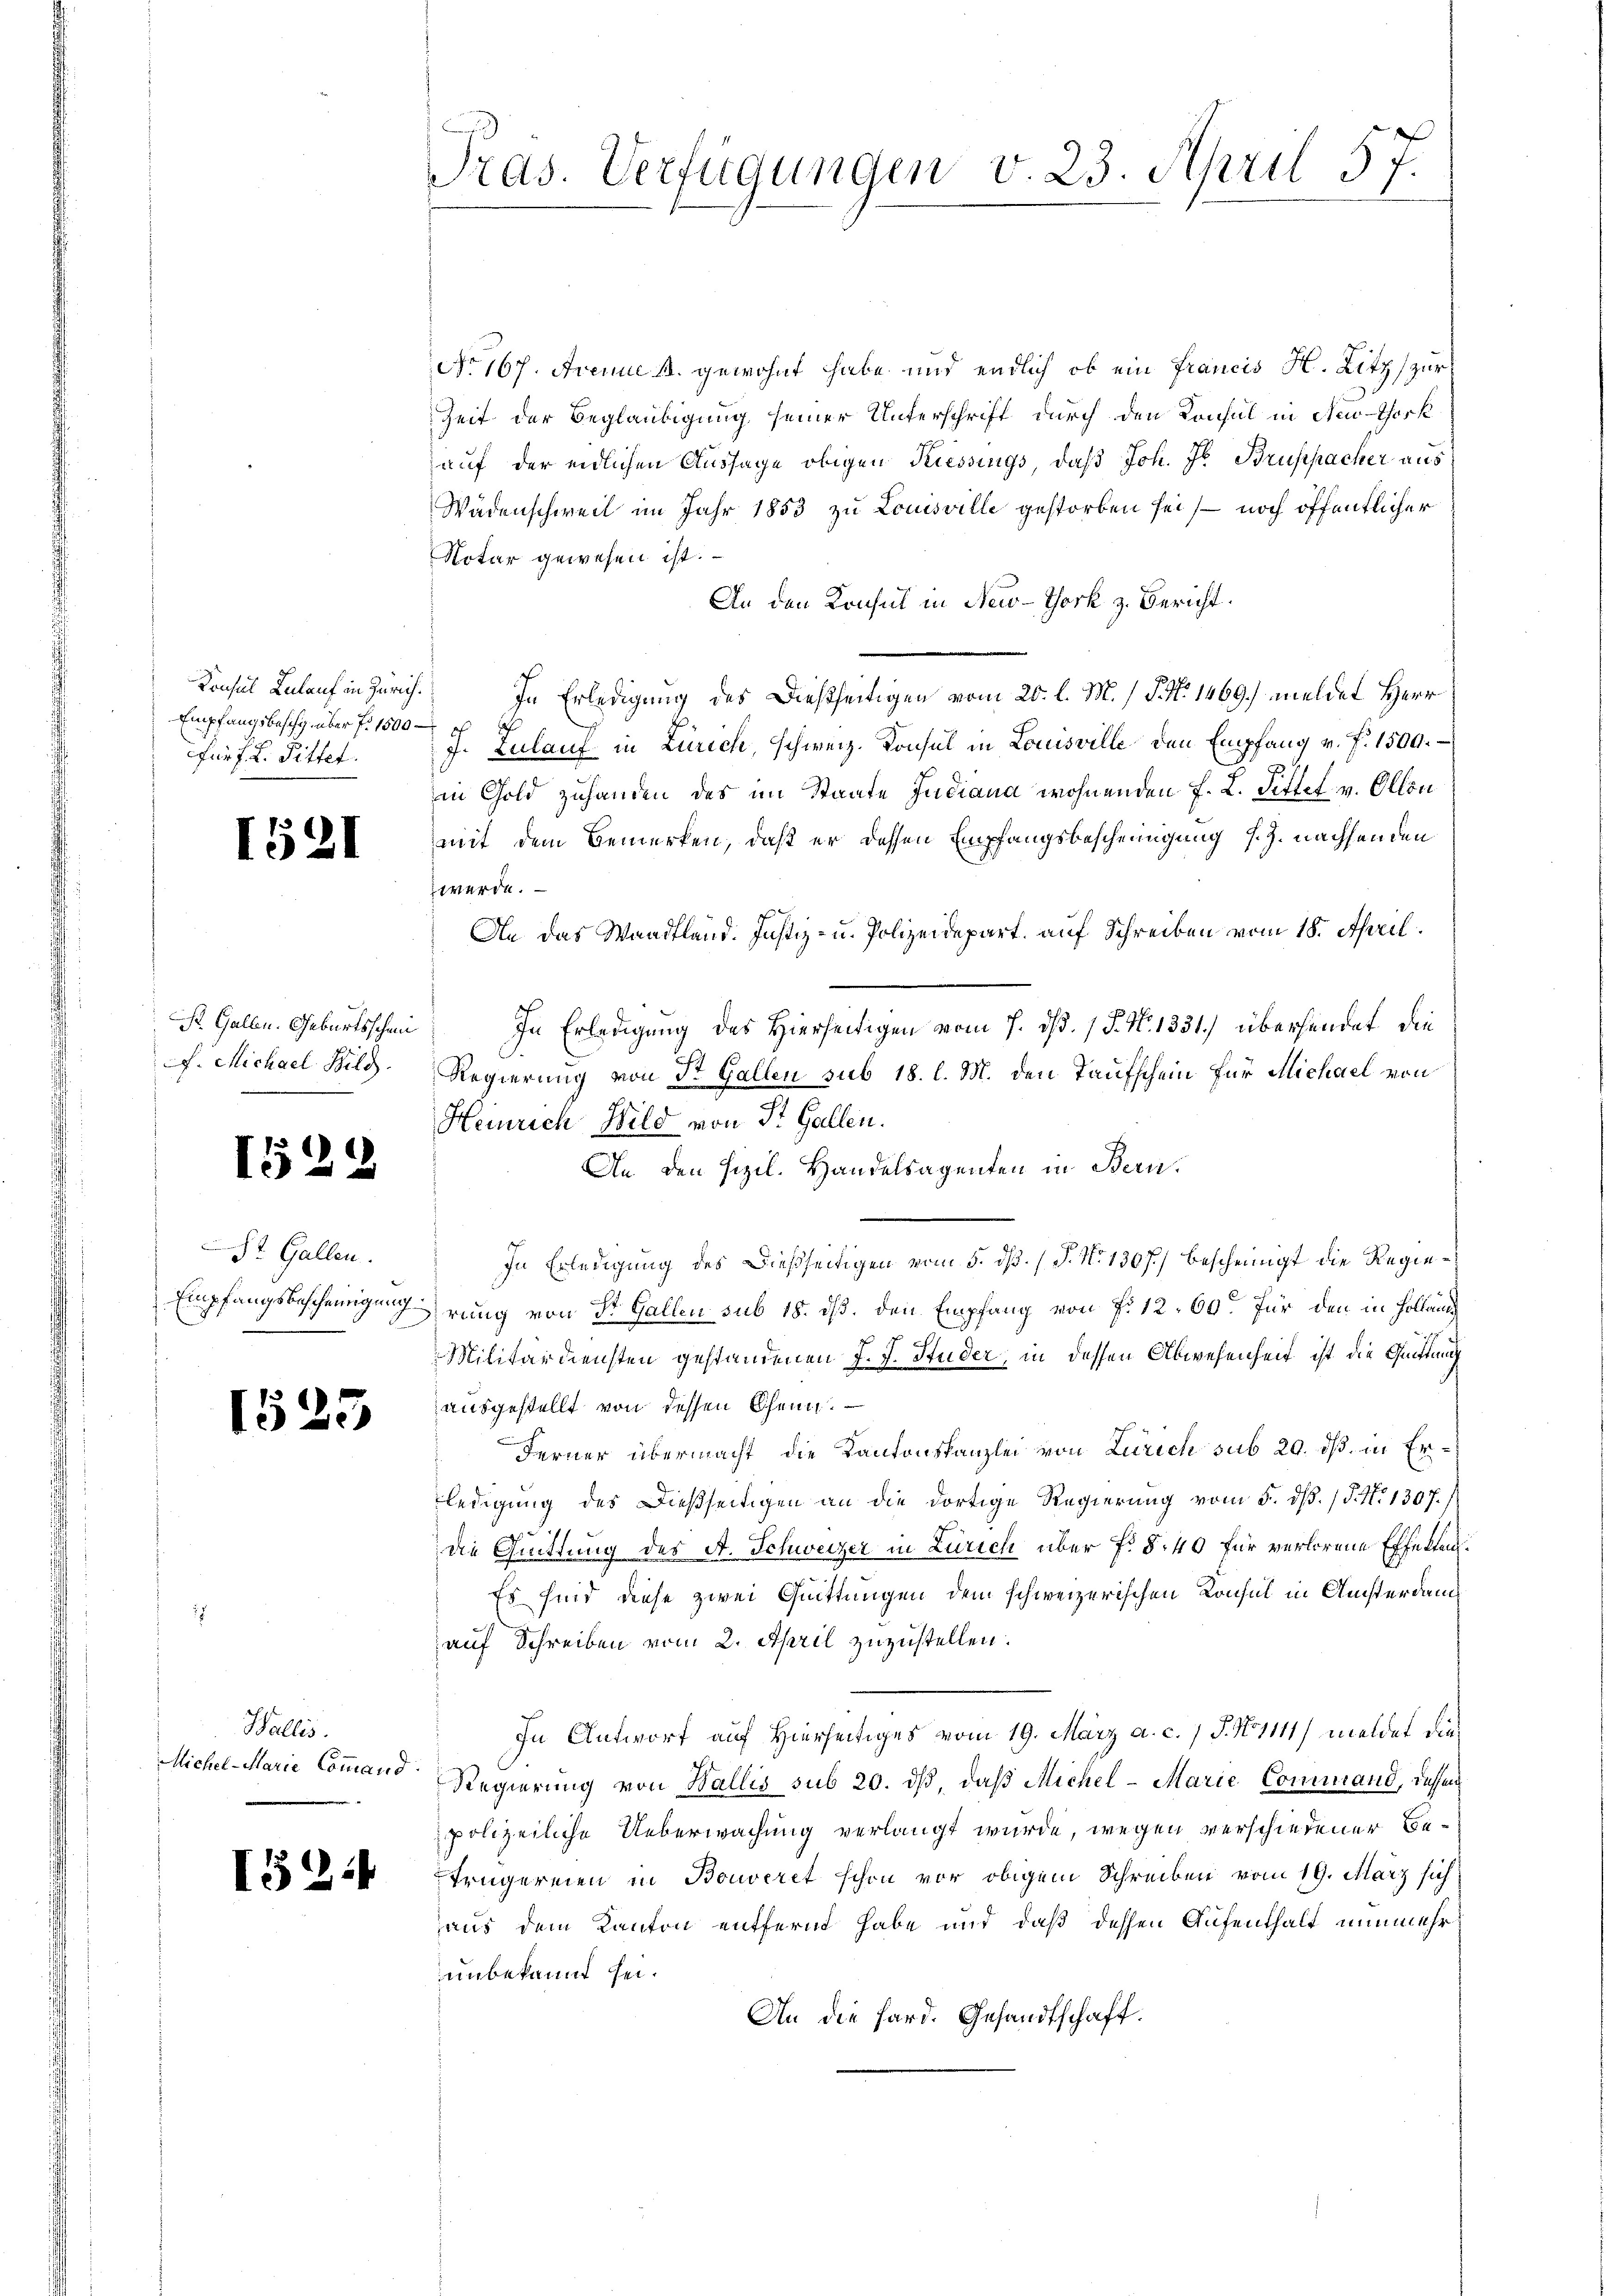
Empfangsbeschy über f. 1500
fürf L. Pittet.

1531

St. Gallen. Geburtsschmi
f. Michael Bild

1529

St. Gallen.

1525

Wallis.
Michel-Marie Command

1524

Tras. Verfügungen v. 23. April 57.

No 167. Arenne s. gewohnt habe und endlich ob ein Francis H. Litz zur
Zeit der Beglaubigung seiner Unterschrift durch den Konsul in New-York
auf der eidlichen Aussage obigen Kiessings, daß Joh. Jb. Bruppacher aus
Wädenschweil im Jahr 1853 zu Louisville gestorben sei, noch öffentlicher
Notar gewesen ist.
An den Konsul in New-York z. Bericht
Konsul Lalauf in Zürich. In Erledigung des Dießseitigen vom 20. l. M. / P. No. 1469) meldet Herr
J. Zulauf in Zürich, schweiz. Konsul in Louisville den Empfang v. f. 1500.
in Gold zuhanden des im Staate Judiana wohnenden F. L. Pittet v. Ollon
mit dem Bemerken, daß er dessen Empfangsbescheinigung s. Z. nachsenden
werde.
An das Waadtland. Justiz- u. Polizeidepart auf Schreiben vom 18. April.
In Erledigung des Hierseitigen vom 7. d. 1 S. N. 1331) überhandet die
Regierung von St. Gallen sub 18. l. M. den Taufschein für Michael von
Heinrich Bild von St. Gallen.
An den Sizil. Handelsagenten in Bern,
In Erledigung des Dießseitigen vom 5. dß. / P. No 1307.) bescheinigt die Regie¬
Empfangsbescheinigungerung von St. Gallen sub 18. ds. den Empfang von Fr. 12. 60. für den in Holländ
Militärdiensten gestandenen J. J. Studer, in dessen Abwesenheit ist die Quittung
ausgestellt von dessen Chenn
Ferner übermacht, die Kantonskanzlei von Zürich sub 20. ds. in Erledigung des Dießseitigen an die dortige Regierung vom 5. dß. / 5. No 1307./
die Quittung des A. Schweizer in Zürich über f. §. 40 für verlorene Effekten.
Es sind diese zwei Quittungen dem schweizerischen Konsul in Ansterdamauf Schreiben vom 2. April zuzustellen.
In Antwort auf Hierseitiges vom 19. März a. c.) S. N. 1111) meldet die
Regierung von Wallis sub 20. dβ, daß Michel-Marie Command, dassen
polizeiliche Ueberwachung verlangt wurde, wegen verschiedener Betrügereien in Bouveret schon vor obigem Schreiben vom 19. März sich
aus dem Kanton entfernt habe und daß dessen Aufenthalt nunmehr
unbekannt sei.
An die Sard. Gesandtschaft.